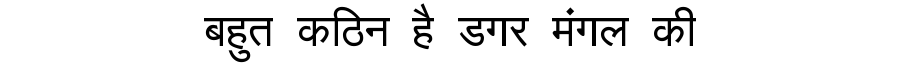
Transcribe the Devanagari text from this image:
बहुत कठिन है डगर मंगल की